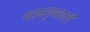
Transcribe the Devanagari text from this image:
परमगुणशाली